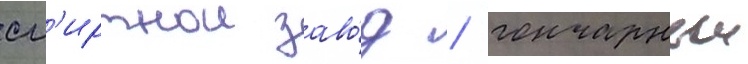
сп'иртнои заво́д / гончарныи